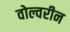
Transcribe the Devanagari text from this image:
वोल्वरीन